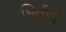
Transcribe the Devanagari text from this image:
भितीचं